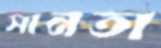
সানতা